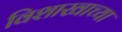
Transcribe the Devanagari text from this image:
विशाखाच्या